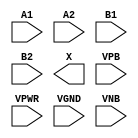
module sky130_fd_sc_hd__a22o (
    //# {{data|Data Signals}}
    input  A1  ,
    input  A2  ,
    input  B1  ,
    input  B2  ,
    output X   ,

    //# {{power|Power}}
    input  VPB ,
    input  VPWR,
    input  VGND,
    input  VNB
);
endmodule